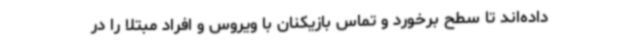
داده‌اند تا سطح برخورد و تماس بازیکنان با ویروس و افراد مبتلا را در